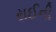
રાઈની